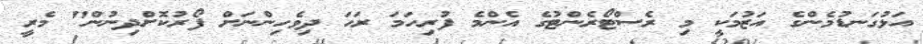
އަޅުގަނޑުމެންގެ އަޒުމަކީ މި ރެސްޓޯރެންޓުގެ އެންމެ ފުރިހަމަ ރަހަ ދިވެހިންނަށް ފޯރުކޮށްދިނުން" މެރީ